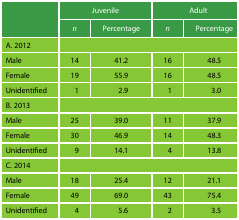
<table><thead><tr><td rowspan="2"></td><td colspan="2"><b>Juvenile</b></td><td colspan="2"><b>Adult</b></td></tr><tr><td><b><i>n</i></b></td><td><b>Percentage</b></td><td><b><i>n</i></b></td><td><b>Percentage</b></td></tr></thead><tbody><tr><td>A. 2012</td><td colspan="4"></td></tr><tr><td>Male</td><td>14</td><td>41.2</td><td>16</td><td>48.5</td></tr><tr><td>Female</td><td>19</td><td>55.9</td><td>16</td><td>48.5</td></tr><tr><td>Unidentified</td><td>1</td><td>2.9</td><td>1</td><td>3.0</td></tr><tr><td>B. 2013</td><td colspan="4"></td></tr><tr><td>Male</td><td>25</td><td>39.0</td><td>11</td><td>37.9</td></tr><tr><td>Female</td><td>30</td><td>46.9</td><td>14</td><td>48.3</td></tr><tr><td>Unidentified</td><td>9</td><td>14.1</td><td>4</td><td>13.8</td></tr><tr><td>C. 2014</td><td colspan="4"></td></tr><tr><td>Male</td><td>18</td><td>25.4</td><td>12</td><td>21.1</td></tr><tr><td>Female</td><td>49</td><td>69.0</td><td>43</td><td>75.4</td></tr><tr><td>Unidentified</td><td>4</td><td>5.6</td><td>2</td><td>3.5</td></tr></tbody></table>